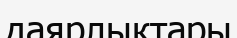
даярлыктары